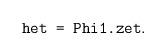
LaTeX: \begin{align*}\mbox{\tt het = Phi1.zet}.\end{align*}